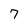
Character: 7